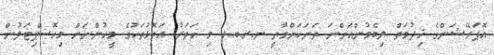
އޮޕަރޭޝަންގެ ޚިދުމަތް ލިބެމުންއަންނަ ތަނަކަށްވާތީ ނ.ރ.ބ.ޅ މި ހަތަރު އަތޮޅުތަކުގެ މީހުންނަށް މިހޮސްޕިޓަލުން